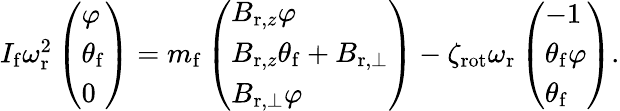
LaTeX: \begin{array}{r}{I_{\mathrm{f}}\omega_{\mathrm{r}}^{2}\left(\begin{array}{l}{\varphi}\\ {\theta_{\mathrm{f}}}\\ {0}\end{array}\right)=m_{\mathrm{f}}\left(\begin{array}{l}{B_{\mathrm{r},z}\varphi}\\ {B_{\mathrm{r},z}\theta_{\mathrm{f}}+B_{\mathrm{r},\perp}}\\ {B_{\mathrm{r},\perp}\varphi}\end{array}\right)-\zeta_{\mathrm{rot}}\omega_{\mathrm{r}}\left(\begin{array}{l}{-1}\\ {\theta_{\mathrm{f}}\varphi}\\ {\theta_{\mathrm{f}}}\end{array}\right).}\end{array}